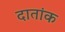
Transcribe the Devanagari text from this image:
दातांक